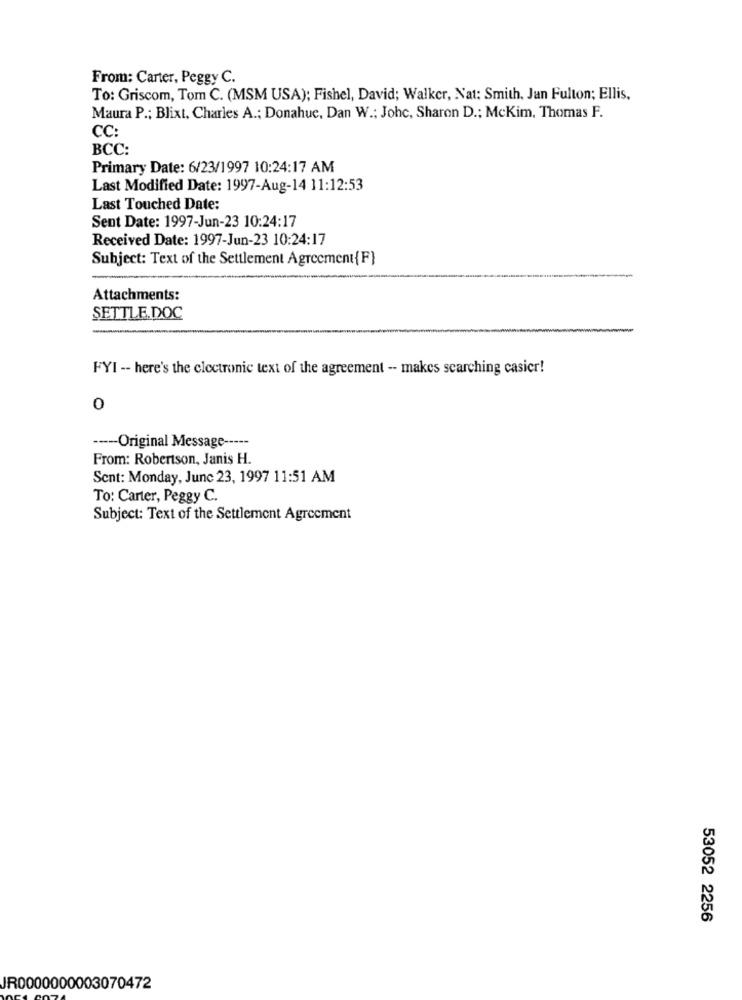
From: Carter, Peggy C.
To: Griscom, Tom C. (MSM USA); Fishel, David; Walker, Nat: Smith, Jan Fulton; Ellis,
Maura P .; Blixt, Charles A .; Donahue, Dan W .; Johc, Sharon D .; McKim, Thomas F.
CC:
BCC:
Primary Date: 6/23/1997 10:24:17 AM
Last Modified Date: 1997-Aug-14 11:12:53
Last Touched Date:
Sent Date: 1997-Jun-23 10:24:17
Received Date: 1997-Jun-23 10:24:17
Subject: Text of the Settlement Agreement {F}
Attachments:
SETTLE.DOC
FYI -- here's the clectronic text of the agreement - makes searching casier!
0
----- Original Message -----
From: Robertson, Janis H.
Sent: Monday, June 23, 1997 11:51 AM
To: Carter, Peggy C.
Subject: Text of the Settlement Agreement
53052 2256
JR0000000003070472